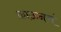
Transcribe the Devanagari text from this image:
क्राऊनचं